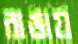
রাঙায়